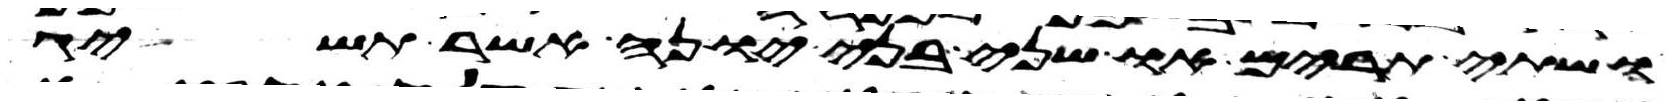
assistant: ושתי תרים או שני בני יונה אשר תשיג